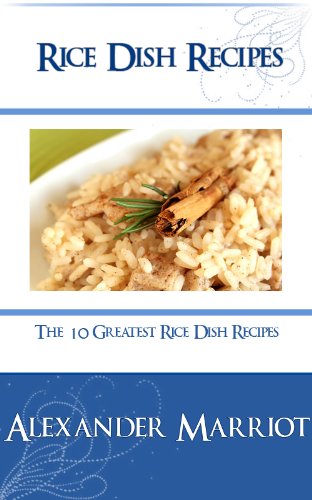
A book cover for Rice Dish Recipes: The 10 Greatest Rice Dish Recipes; Alexander Marriot; Cookbooks, Food & Wine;